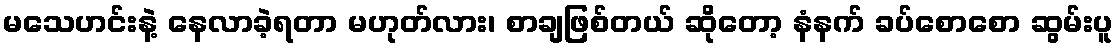
မသေဟင်းနဲ့ နေလာခဲ့ရတာ မဟုတ်လား၊ စာချဖြစ်တယ် ဆိုတော့ နံနက် ခပ်စောစော ဆွမ်းပူ